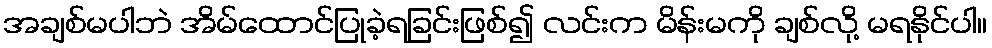
အချစ်မပါဘဲ အိမ်ထောင်ပြုခဲ့ရခြင်းဖြစ်၍ လင်းက မိန်းမကို ချစ်လို့ မရနိုင်ပါ။